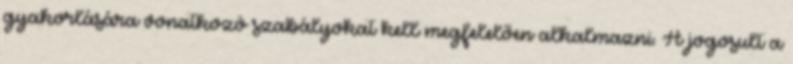
gyakorlására vonatkozó szabályokat kell megfelelően alkalmazni. A jogosult a